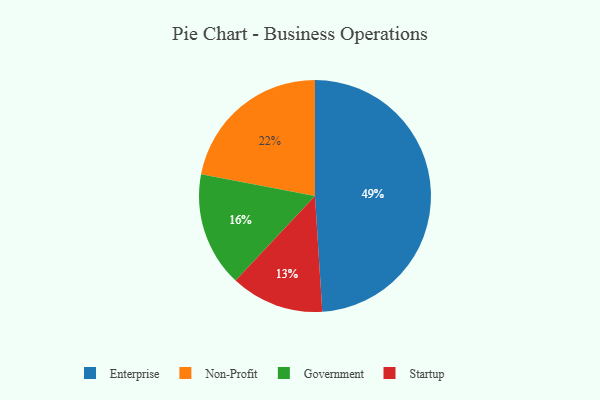
{"axis": {"x": "Category", "y": "Percentage"}, "legend": ["Enterprise", "Government", "Non-Profit", "Startup"], "data": [{"x": "Government", "y": 16, "type": "Government"}, {"x": "Enterprise", "y": 49, "type": "Enterprise"}, {"x": "Startup", "y": 13, "type": "Startup"}, {"x": "Non-Profit", "y": 22, "type": "Non-Profit"}]}